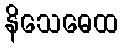
နိသေဓေထ